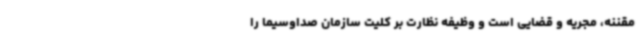
مقننه، مجریه و قضایی است و وظیفه نظارت بر کلیت سازمان صداوسیما را